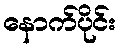
နောက်ပိုင်း